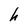
Character: h